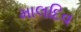
માલદિવ